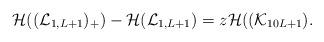
LaTeX: \begin{align*}\mathcal{H}((\mathcal{L}_{1,L+1})_+)-\mathcal{H}(\mathcal{L}_{1,L+1})=z\mathcal{H}((\mathcal{K}_{10L+1}).\end{align*}